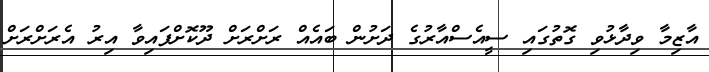
އާޒިމާ ވިދާޅުވި ގޮތުގައި ސީއެސްއާރުގެ ދަށުން ބައެއް ރަށްރަށް ދޫކޮށްފައިވާ އިރު އެރަށްރަށް